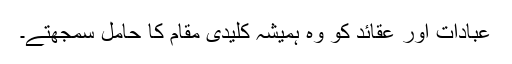
عبادات اور عقائد کو وہ ہمیشہ کلیدی مقام کا حامل سمجھتے۔